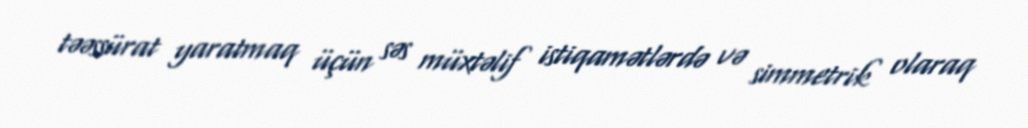
təəssürat yaratmaq üçün səs müxtəlif istiqamətlərdə və simmetrik olaraq